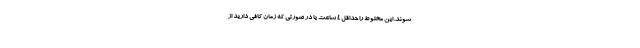
شوند. این مخلوط را حداقل ۴ ساعت یا در صورتی که زمان کافی دارید از